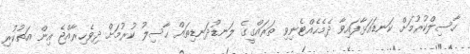
ހާސިލްކުރުމަށް ކަނޑައަޅާފައިވާ ދެމެހެއްޓެނިވި ތަރައްގީގެ ލަނޑުދަނޑިތައް ހާސިލު ކުރުމަށް ދިވެހިރާއްޖެ އިން އަތުކުރި